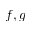
f , g